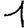
Digit: 1